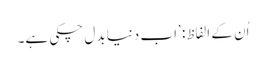
اُن کے الفاظ: ’اب دنیا بدل چکی ہے۔